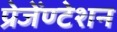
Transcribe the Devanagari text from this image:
प्रेजेंण्टेशन